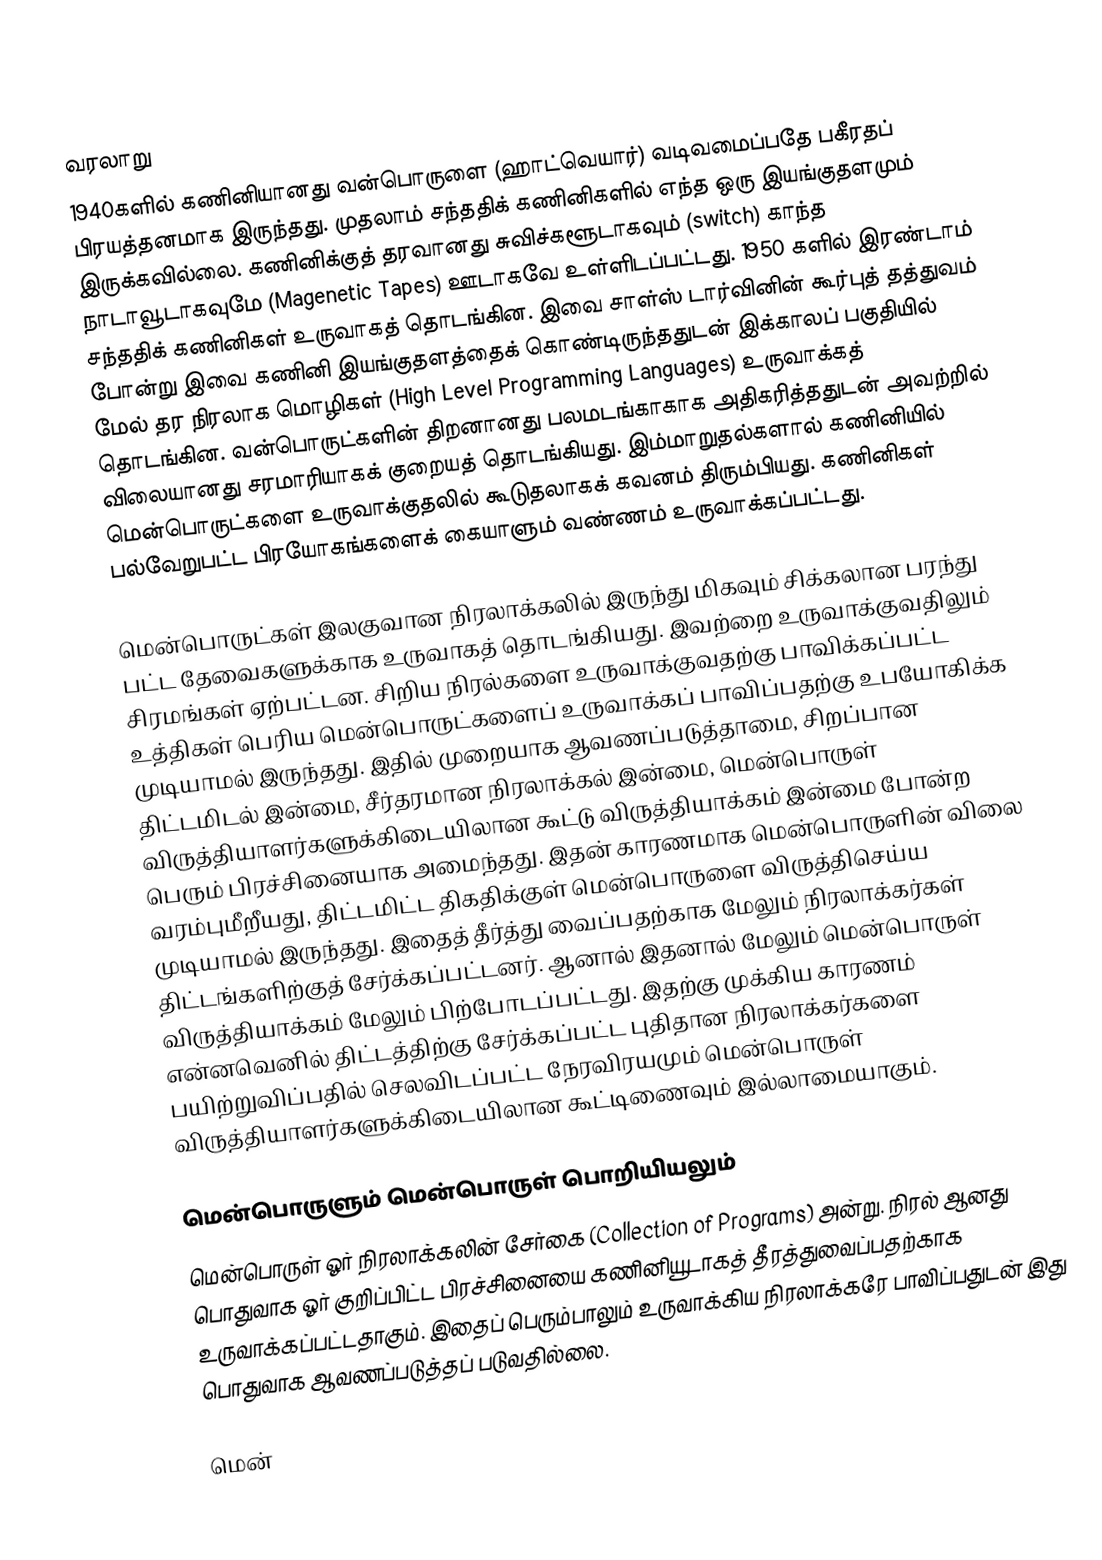

வரலாறு
1940களில் கணினியானது வன்பொருளை (ஹாட்வெயார்) வடிவமைப்பதே பகீரதப் பிரயத்தனமாக இருந்தது. முதலாம் சந்ததிக் கணினிகளில் எந்த ஒரு இயங்குதளமும் இருக்கவில்லை. கணினிக்குத் தரவானது சுவிச்களூடாகவும் (switch) காந்த நாடாவூடாகவுமே (Magenetic Tapes) ஊடாகவே உள்ளிடப்பட்டது. 1950 களில் இரண்டாம் சந்ததிக் கணினிகள் உருவாகத் தொடங்கின. இவை சாள்ஸ் டார்வினின் கூர்புத் தத்துவம் போன்று இவை கணினி இயங்குதளத்தைக் கொண்டிருந்ததுடன் இக்காலப் பகுதியில் மேல் தர நிரலாக மொழிகள் (High Level Programming Languages) உருவாக்கத் தொடங்கின. வன்பொருட்களின் திறனானது பலமடங்காகாக அதிகரித்ததுடன் அவற்றில் விலையானது சரமாரியாகக் குறையத் தொடங்கியது. இம்மாறுதல்களால் கணினியில் மென்பொருட்களை உருவாக்குதலில் கூடுதலாகக் கவனம் திரும்பியது. கணினிகள் பல்வேறுபட்ட பிரயோகங்களைக் கையாளும் வண்ணம் உருவாக்கப்பட்டது.

மென்பொருட்கள் இலகுவான நிரலாக்கலில் இருந்து மிகவும் சிக்கலான பரந்து பட்ட தேவைகளுக்காக உருவாகத் தொடங்கியது. இவற்றை உருவாக்குவதிலும் சிரமங்கள் ஏற்பட்டன. சிறிய நிரல்களை உருவாக்குவதற்கு பாவிக்கப்பட்ட உத்திகள் பெரிய மென்பொருட்களைப் உருவாக்கப் பாவிப்பதற்கு உபயோகிக்க முடியாமல் இருந்தது. இதில் முறையாக ஆவணப்படுத்தாமை, சிறப்பான திட்டமிடல் இன்மை, சீர்தரமான நிரலாக்கல் இன்மை, மென்பொருள் விருத்தியாளர்களுக்கிடையிலான கூட்டு விருத்தியாக்கம் இன்மை போன்ற பெரும் பிரச்சினையாக அமைந்தது. இதன் காரணமாக மென்பொருளின் விலை வரம்புமீறீயது, திட்டமிட்ட திகதிக்குள் மென்பொருளை விருத்திசெய்ய முடியாமல் இருந்தது. இதைத் தீர்த்து வைப்பதற்காக மேலும் நிரலாக்கர்கள் திட்டங்களிற்குத் சேர்க்கப்பட்டனர். ஆனால் இதனால் மேலும் மென்பொருள் விருத்தியாக்கம் மேலும் பிற்போடப்பட்டது. இதற்கு முக்கிய காரணம் என்னவெனில் திட்டத்திற்கு சேர்க்கப்பட்ட புதிதான நிரலாக்கர்களை பயிற்றுவிப்பதில் செலவிடப்பட்ட நேரவிரயமும் மென்பொருள் விருத்தியாளர்களுக்கிடையிலான கூட்டிணைவும் இல்லாமையாகும்.

மென்பொருளும் மென்பொருள் பொறியியலும்
மென்பொருள் ஓர் நிரலாக்கலின் சேர்கை (Collection of Programs) அன்று. நிரல் ஆனது பொதுவாக ஓர் குறிப்பிட்ட பிரச்சினையை கணினியூடாகத் தீரத்துவைப்பதற்காக உருவாக்கப்பட்டதாகும். இதைப் பெரும்பாலும் உருவாக்கிய நிரலாக்கரே பாவிப்பதுடன் இது பொதுவாக ஆவணப்படுத்தப் படுவதில்லை.

மென்